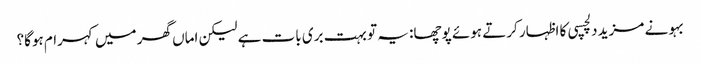
بہو نے مزید دلچسپی کا اظہار کرتے ہوئے پوچھا: یہ تو بہت بری بات ہے لیکن اماں گھر میں کہرام ہوگا؟